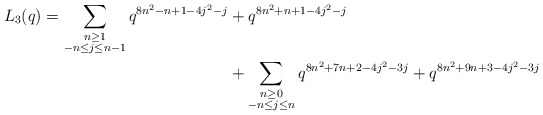
\begin{align*} \begin{aligned}L_3(q) = \sum_{\substack{n \geq 1 \\ -n \leq j \leq n-1}} q^{8n^2 - n +1 - 4j^2 - j} & + q^{8n^2 + n +1 - 4j^2-j} \\& + \sum_{\substack{n \geq 0 \\ -n \leq j \leq n}} q^{8n^2 + 7n + 2 - 4j^2 - 3j} + q^{8n^2 + 9n + 3 - 4j^2 -3 j} \end{aligned}\end{align*}